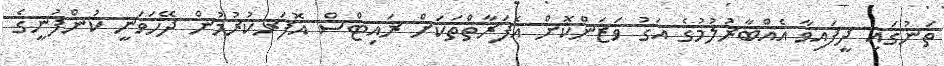
ތަނުގައި ދީފައިވާ އެއްބާރުލުމުގެ އަގު ވަޒަންކޮށް އެފަރާތްތަކަށް ރައިޓްސް އޮފަރކުރުމުން ދޭހަވަނީ ކުންފުނީގެ